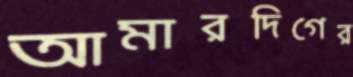
আমারদিগের